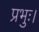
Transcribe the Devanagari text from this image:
प्रभुः।